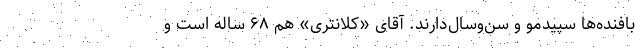
بافنده‌ها سپیدمو و سن‌وسال‌دارند. آقای «کلانتری» هم ۶۸ ساله است و